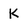
Character: K